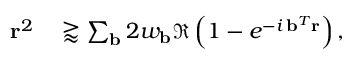
\begin{array} { r l } { \mathbf { r } ^ { 2 } } & { { } \gtrapprox \sum _ { \mathbf { b } } 2 w _ { \mathbf { b } } \Re \left( 1 - e ^ { - i \, \mathbf { b } ^ { T } \mathbf { r } } \right) , } \end{array}